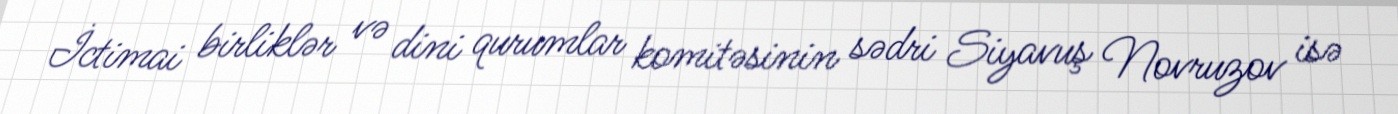
İctimai birliklər və dini qurumlar komitəsinin sədri Siyavuş Novruzov isə